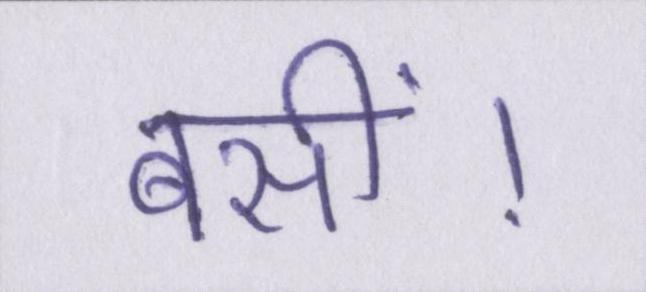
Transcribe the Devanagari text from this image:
बसीं।